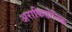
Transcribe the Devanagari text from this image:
अराकिडोनिक